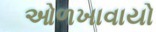
ઓળખાવાયો